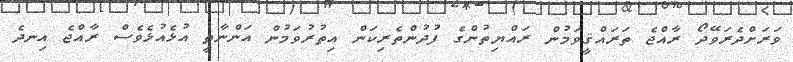
ވަރަށްދެރަވޭދޯ ރާއްޖެ ތަރައްޤީވަމުން ރައްޔިތުންގެ ފުދުންތެރިކަން އިތުރުވަމުން އަންނާތީ އުޅެއުޅެވެސް ރާއްޖެ އިނދެ